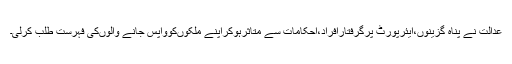
عدالت نے پناہ گزینوں،ایئرپورٹ پرگرفتارافراد،احکامات سے متاثرہوکراپنے ملکوںکوواپس جانے والوںکی فہرست طلب کرلی۔